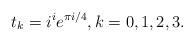
LaTeX: \begin{align*} t_k = i^i e^{\pi i/4}, k = 0, 1, 2, 3.\end{align*}